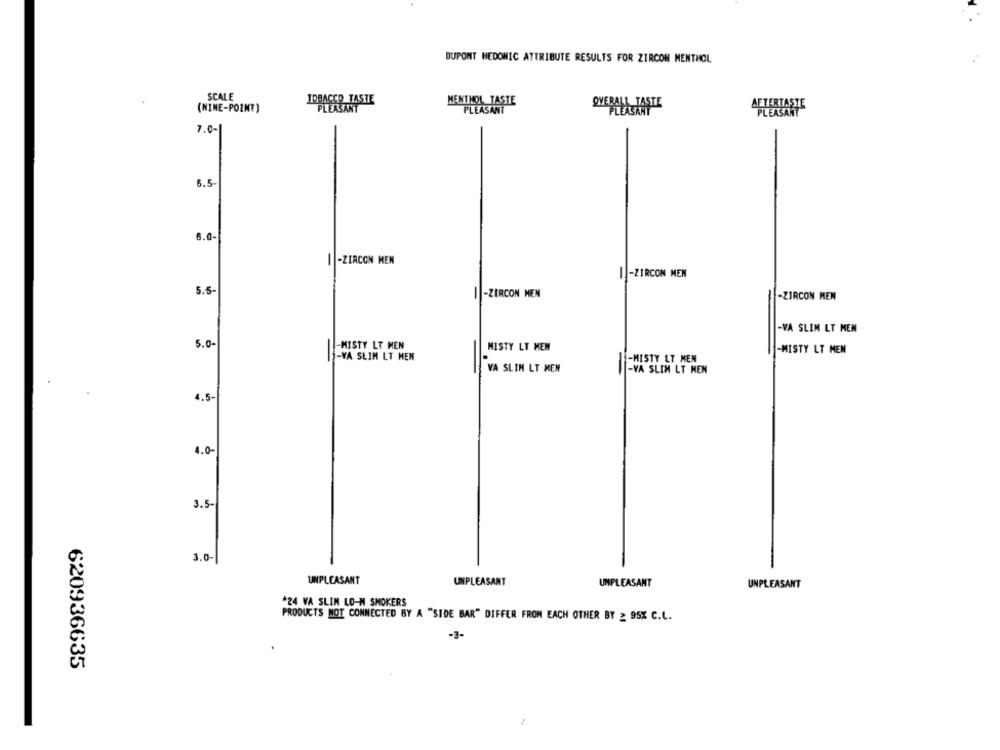
DUPONT HEDONIC ATTRIBUTE RESULTS FOR ZIRCON MENTHOL
SCALE
IPBACCO TASTE
MENTHOL TASTE
(NINE-POZN?)
PLEASANT
OVERALL TASTE
AFTERTASTE
7.0-
6.5
6.0-
1 -ZIRCON MEN
I-ZIRCON MEN
5.5-
||-ZIRCON MEN
-ZIRCON MEN
-
-VA SLIM LT MEN
5.0-
-MISTY LT MEN
MISTY LT MEN
-MISTY LT MEN
-
-VA SLIM LT MEN
-MISTY LT MEN
VA SLIM LT MEN
-VA SLIM LT MEN
4.5-
4.0-
3.5-
3.0-
UNPLEASANT
UNPLEASANT
UNPLEASANT
UNPLEASANT
#24 VA SLIM LO-M SMOKERS
PRODUCTS NOT CONNECTED BY A "SIDE BAR" DIFFER FROM EACH OTHER BY _ 95X C.L.
-3-
620936635